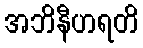
အဘိနီဟရတိ